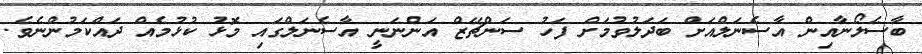
ބާސެލޯނާއިން އާސެނަލްއަށް ބަދަލުވުމަށް ފަހު ސަންޗޭޒް އަންނަނީ އާސެނަލްގައި މޮޅު ކުޅުމެއް ދައްކަމުންނެވެ.